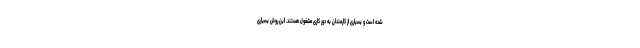
شده است و بسیاری از کارمندان به دور کاری مشغول هستند. این روش بسیاری